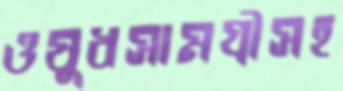
ওষুধসামগ্রীসহ